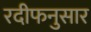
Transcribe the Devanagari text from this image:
रदीफनुसार